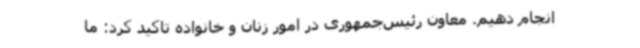
انجام دهیم. معاون رئیس‌جمهوری در امور زنان و خانواده تاکید کرد: ما